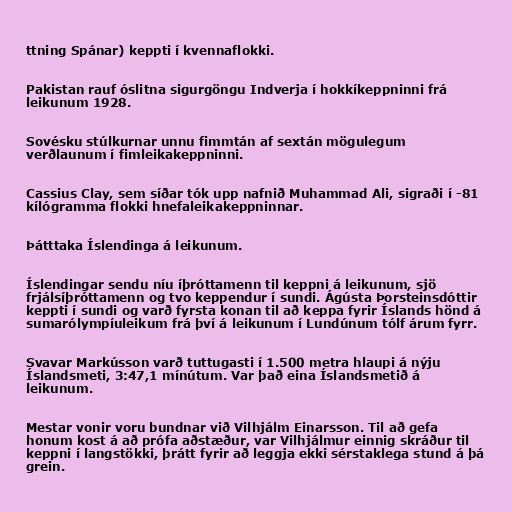
ttning Spánar) keppti í kvennaflokki.

Pakistan rauf óslitna sigurgöngu Indverja í hokkíkeppninni frá
leikunum 1928.

Sovésku stúlkurnar unnu fimmtán af sextán mögulegum
verðlaunum í fimleikakeppninni.

Cassius Clay, sem síðar tók upp nafnið Muhammad Ali, sigraði í -81
kílógramma flokki hnefaleikakeppninnar.

Þátttaka Íslendinga á leikunum.

Íslendingar sendu níu íþróttamenn til keppni á leikunum, sjö
frjálsíþróttamenn og tvo keppendur í sundi. Ágústa Þorsteinsdóttir
keppti í sundi og varð fyrsta konan til að keppa fyrir Íslands hönd á
sumarólympíuleikum frá því á leikunum í Lundúnum tólf árum fyrr.

Svavar Markússon varð tuttugasti í 1.500 metra hlaupi á nýju
Íslandsmeti, 3:47,1 mínútum. Var það eina Íslandsmetið á
leikunum.

Mestar vonir voru bundnar við Vilhjálm Einarsson. Til að gefa
honum kost á að prófa aðstæður, var Vilhjálmur einnig skráður til
keppni í langstökki, þrátt fyrir að leggja ekki sérstaklega stund á þá
grein.